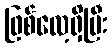
ဖြစ်လေ့ရှိပြီး